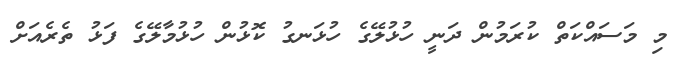
މި މަސައްކަތް ކުރަމުން ދަނީ ހުޅުލޭގެ ހުޅަނގު ކޮޅުން ހުޅުމާލޭގެ ފަޅު ތެރެއަށް